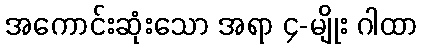
အကောင်းဆုံးသော အရာ ၄-မျိုး ဂါထာ